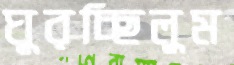
ঘুরচ্ছিলুম